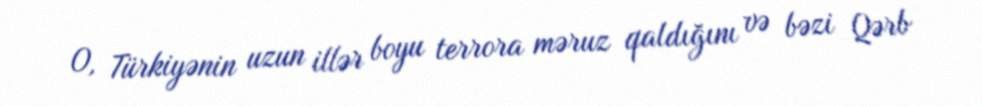
O, Türkiyənin uzun illər boyu terrora məruz qaldığını və bəzi Qərb